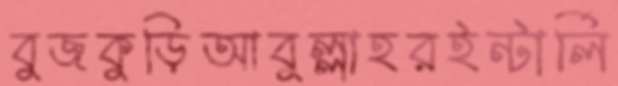
বুজকুড়িআবুল্লাহরইন্টার্লি